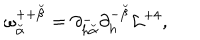
\omega _ { \breve { \alpha } } ^ { + + { \breve { \beta } } } = \partial _ { h { \breve { \alpha } } } ^ { - } \partial _ { h } ^ { - { \breve { \beta } } } { \cal L } ^ { + 4 } ,